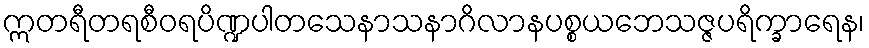
ဣတရီတရစီဝရပိဏ္ဍပါတသေနာသနာဂိလာနပစ္စယဘေသဇ္ဇပရိက္ခာရေန၊